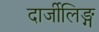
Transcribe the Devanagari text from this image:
दार्जीलिङ्ग